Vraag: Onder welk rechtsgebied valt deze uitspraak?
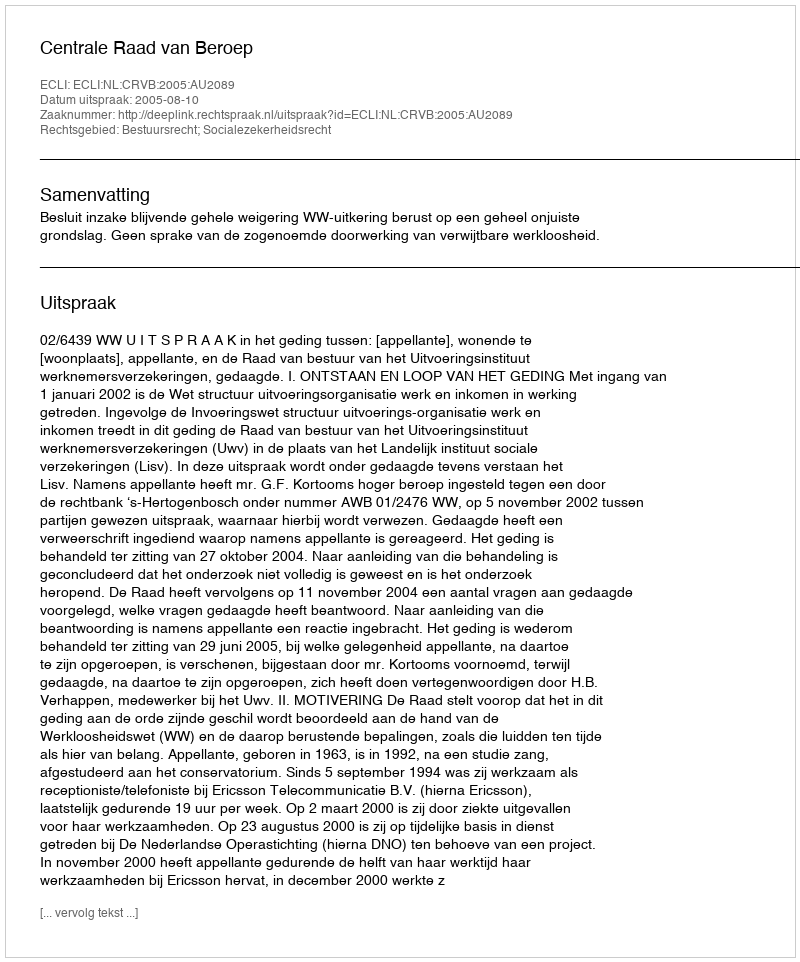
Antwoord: Bestuursrecht; Socialezekerheidsrecht